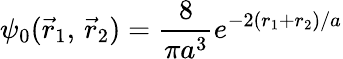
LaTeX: \psi_{0}({\vec{r}}_{1},\, {\vec{r}}_{2})={\frac{8}{\pi a^{3}}}e^{-2(r_{1}+r_{2})/a}